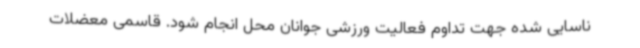
ناسایی‌ شده جهت تداوم فعالیت ورزشی جوانان محل انجام شود. قاسمی معضلات